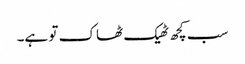
سب کچھ ٹھیک ٹھاک تو ہے۔